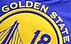
GOLDEN STATE